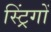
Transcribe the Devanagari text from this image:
स्ट्रिंगों